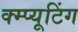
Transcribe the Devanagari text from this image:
क्म्प्यूटिंग